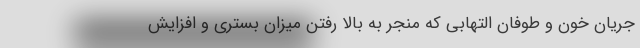
جریان خون و طوفان التهابی که منجر به بالا رفتن میزان بستری و افزایش